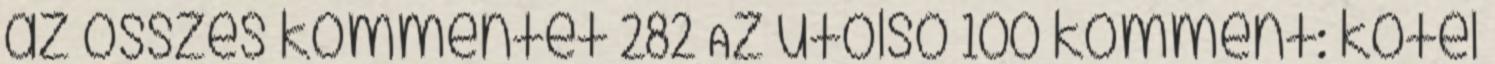
az összes kommentet 282 Az utolsó 100 komment: kötél